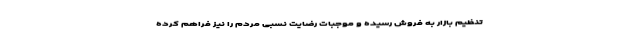
تنظیم بازار به فروش رسیده و موجبات رضایت نسبی مردم را نیز فراهم کرده